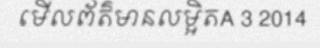
មើលព័ត៌មានលម្អិតA 3 2014